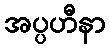
အပ္ပဟီနာ